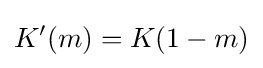
K'(m)=K(1-m)